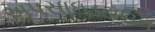
અપસાઇડડાઉન